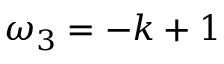
\omega _ { 3 } = - k + 1